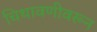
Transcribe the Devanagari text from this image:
चिथावणीवरून